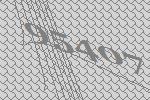
95407